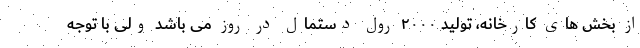
از بخش های کارخانه، تولید ۲۰۰۰ رول دستمال در روز می باشد ولی با توجه